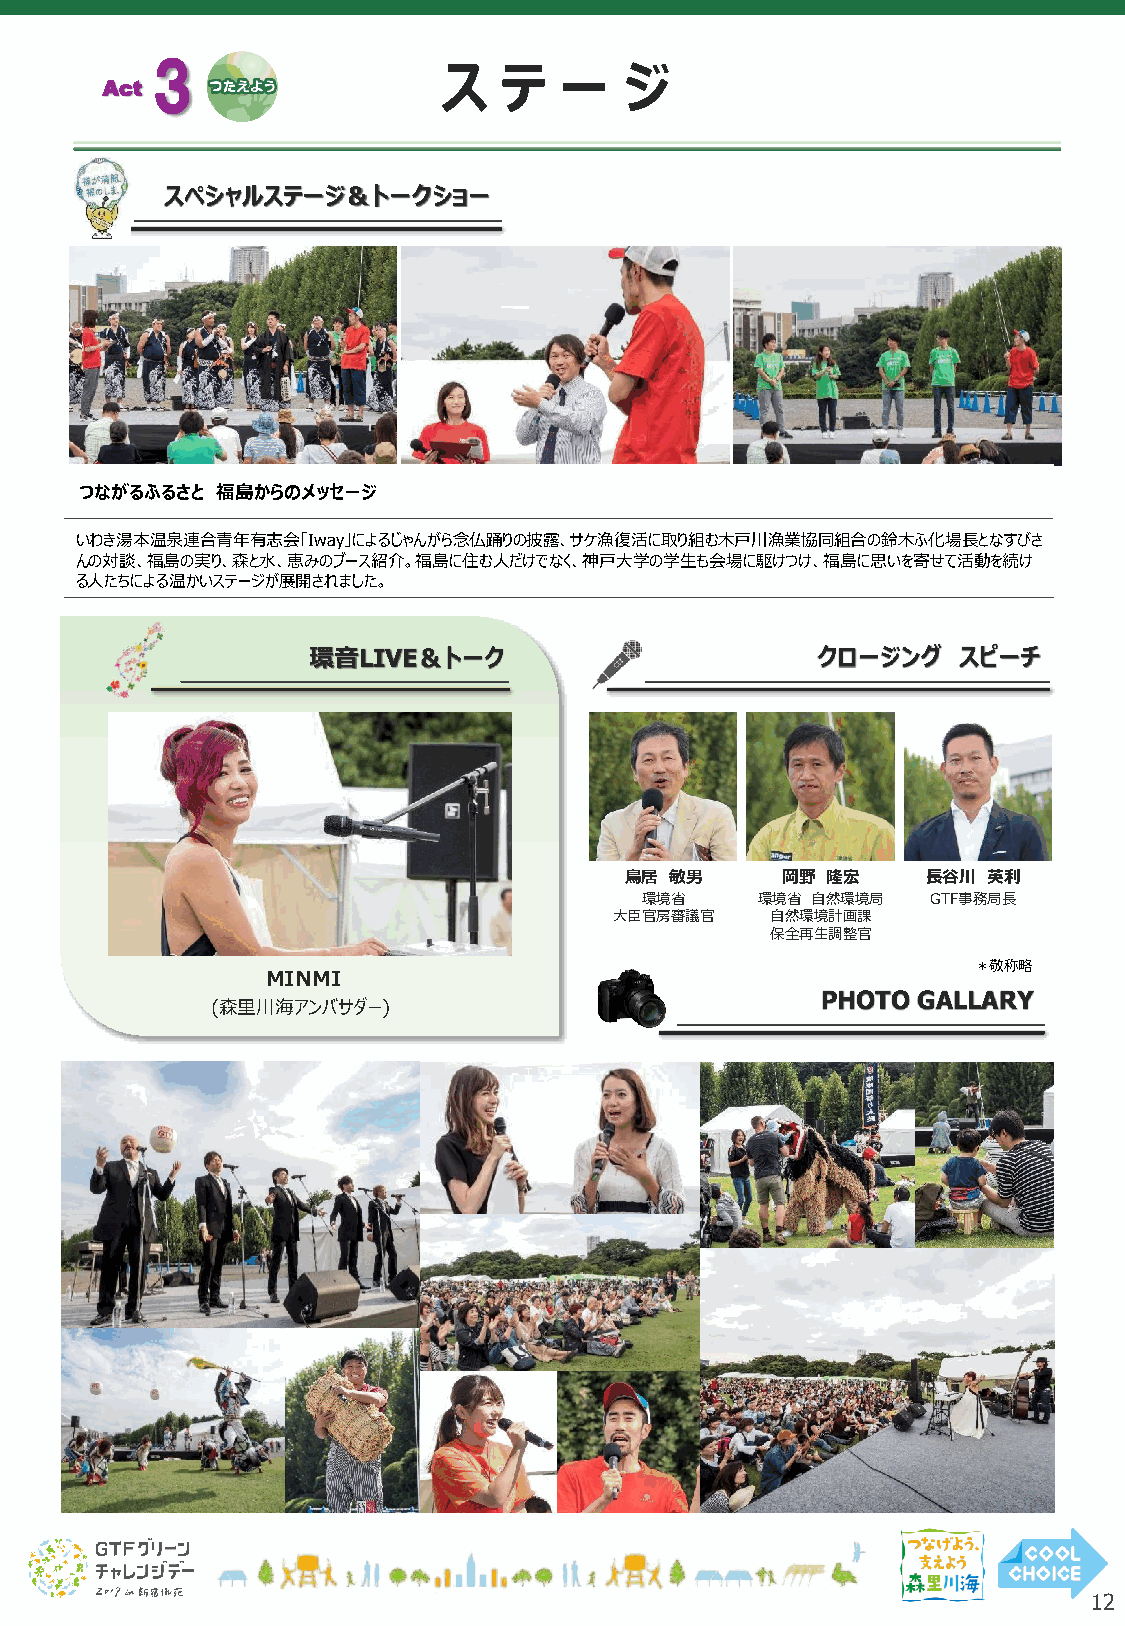
3                  ス   テ   ー   ジ
 Act
 スペシャルステージ＆トークショー
 つながるふるさと 福島からのメッセージ
 いわき湯本温泉連合青年有志会「Iway」によるじゃんがら念仏踊りの披露、サケ漁復活に取り組む木戸川漁業協同組合の鈴木ふ化場長となすびさ
 んの対談、福島の実り、森と水、恵みのブース紹介。福島に住む人だけでなく、神戸大学の学生も会場に駆けつけ、福島に思いを寄せて活動を続け
 る人たちによる温かいステージが展開されました。
 環音LIVE＆トーク                        クロージング   スピーチ
 鳥居 敏男      岡野 隆宏    長谷川 英利
 環境省     環境省 自然環境局   GTF事務局長
 大臣官房審議官   自然環境計画課
 保全再生調整官
 ＊敬称略
 MINMI
 PHOTO  GALLARY
 (森里川海アンバサダー)
 12